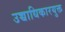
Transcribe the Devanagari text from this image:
उच्चाधिकारयुक्त